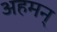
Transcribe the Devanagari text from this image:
अहमन्